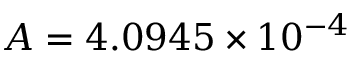
A = 4 . 0 9 4 5 \times 1 0 ^ { - 4 }